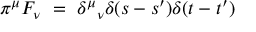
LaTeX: \pi ^ { \mu } F _ { \nu } ~ = ~ { \delta ^ { \mu } } _ { \nu } \delta ( s - s ^ { \prime } ) \delta ( t - t ^ { \prime } )